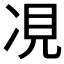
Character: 𫝎